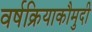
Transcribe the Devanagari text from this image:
वर्षक्रियाकौमुदी